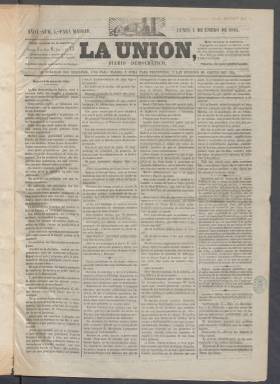
Título: La Unión (Madrid. 1864)
Colección: Periódicos
Ámbito geográfico: Madrid
Lugar de publicación: Madrid
Fechas: 04/01/1864-19/03/1864